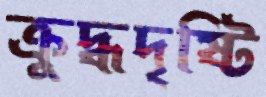
ক্রুদ্ধদৃষ্টি